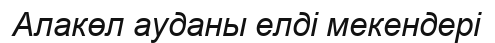
Алакөл ауданы елдi мекендерi